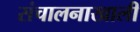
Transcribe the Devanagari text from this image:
संचालनाखाली